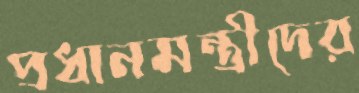
প্রধানমন্ত্রীদের